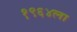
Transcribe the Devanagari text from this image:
१९६४ला